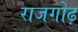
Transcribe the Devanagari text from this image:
राजगोढ़